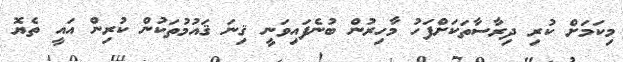
މިކަަމަށް ކުރި ދިރާސާތަކަށްފަހު މާހިރުން ބުނެފައިވަނީ ޤިނަ ޤައުމުތަކުން ކުރިން އައީ ތެޔޮ